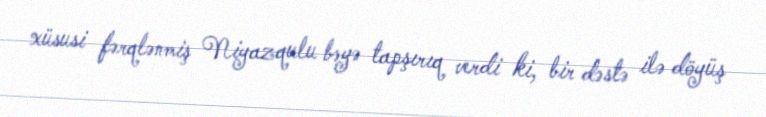
xüsusi fərqlənmiş Niyazqulu bəyə tapşırıq verdi ki, bir dəstə ilə döyüş